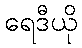
ရေဒီယို